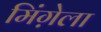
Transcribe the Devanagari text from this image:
मिंग़ेला